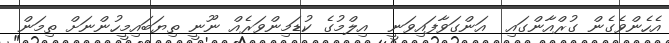
އެހެންވެގެން ގުރްއާންގައި  އަންގަވާފައިވަނީ  އިލްމުގެ ކުޑަމިންވަރެއް ނޫނީ ތިޔަބައިމީހުންނަށް ތިމަން